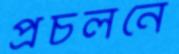
প্রচলনে